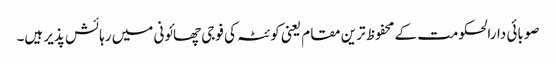
صوبائی دارالحکومت کے محفوظ ترین مقام یعنی کوئٹہ کی فوجی چھائونی میں رہائش پذیر ہیں۔